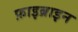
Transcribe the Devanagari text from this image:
फ़ाइब्राइन